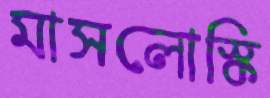
মাসলোস্কি